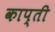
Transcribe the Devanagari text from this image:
काप्ती